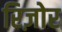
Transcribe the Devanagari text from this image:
रिज़ोर